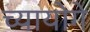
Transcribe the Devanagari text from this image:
च्यायोगे